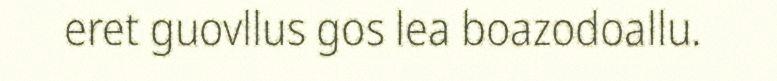
eret guovllus gos lea boazodoallu.